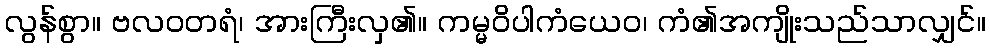
လွန်စွာ။ ဗလဝတရံ၊ အားကြီးလှ၏။ ကမ္မဝိပါကံယေဝ၊ ကံ၏အကျိုးသည်သာလျှင်။